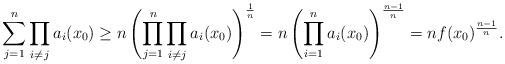
LaTeX: \begin{align*}\sum_{j=1}^n \prod_{i\neq j} a_i(x_0)\geq n\left( \prod_{j=1}^n \prod_{i\neq j}a_i(x_0) \right)^\frac{1}{n} = n\left(\prod_{i=1}^n a_i(x_0)\right)^\frac{n-1}{n} = nf(x_0)^\frac{n-1}{n}.\end{align*}